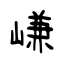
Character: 嵰